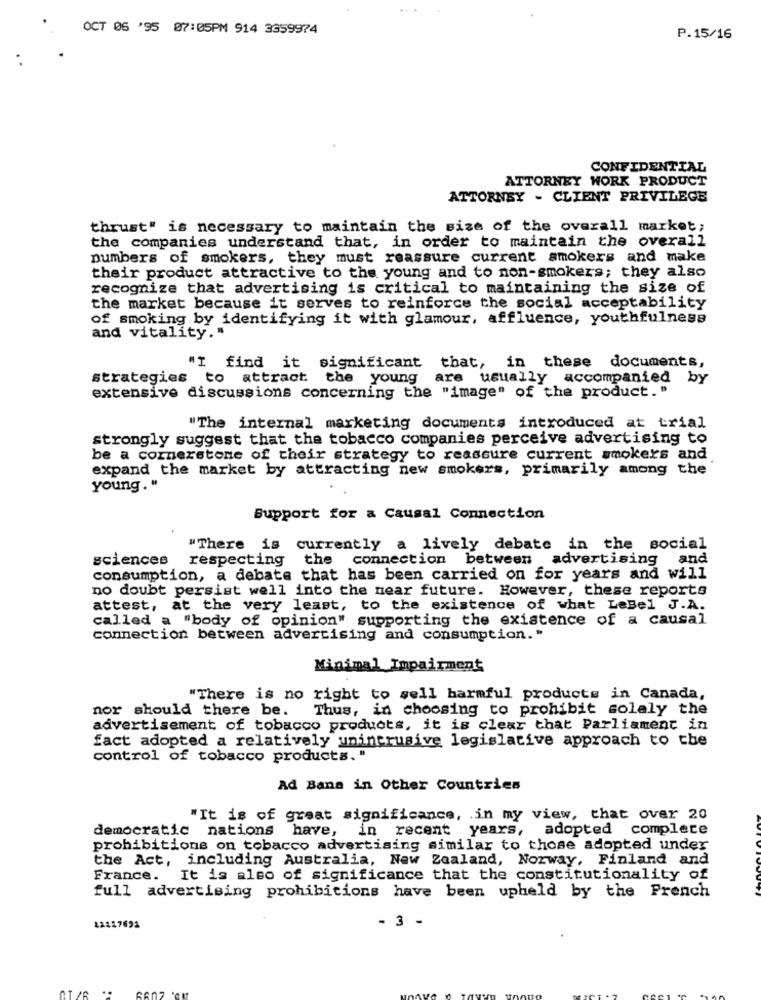
OCT 06 '95 07:05PM 914 3359974
P.15/16
CONFIDENTIAL
ATTORNEY WORK PRODUCT
ATTORNEY - CLIENT PRIVILEGE
thrust" is necessary to maintain the size of the overall market;
the companies understand that, in order to maintain the overall
numbers of smokers, they must reassure current smokers and make
their product attractive to the young and to non-smokers; they also
recognize that advertising is critical to maintaining the size of
the market because it serves to reinforce the social acceptability
of smoking by identifying it with glamour, affluence, youthfulness
and vitality."
"I find it significant that, in these documents,
strategies to attract the young
are usually accompanied by
extensive discussions concerning the "image" of the product. "
"The internal marketing documents introduced at trial
strongly suggest that the tobacco companies perceive advertising to
be a cornerstone of their strategy to reassure current smokers and
expand the market by attracting new smokers, primarily among the
young . "
Support for a Causal Connection
"There is
currently a lively debate in the social
sciences
respecting the connection between advertising and
consumption, a debate that has been carried on for years and will
no doubt persist well into the near future. However, these reports
attest, at the very least, to the existence of what LeBel J.A.
called a "body of opinion" supporting the existence of a causal
connection between advertising and consumption."
Minimal Impairment
"There is no right to sell harmful products in Canada,
nor should there be.
Thus, in choosing to prohibit solely the
advertisement of tobacco products, it is clear that Parliament in
fact adopted a relatively unintrusive legislative approach to the
control of tobacco products. "
Ad Bana in Other Countries
"It is of great significance, in my view, that over 20
democratic nations have, in recent years, adopted complete
prohibitions on tobacco advertising similar to those adopted under
the Act, including Australia, New Zealand, Norway, Finland and
France. It is also of significance that the constitutionality of
full advertising prohibitions have been upheld by the French
- 3 -
12117691
..